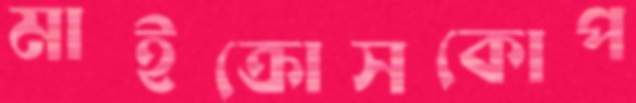
মাইক্রোসকোপ